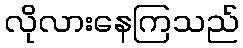
လိုလားနေကြသည်